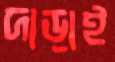
দাড়াই